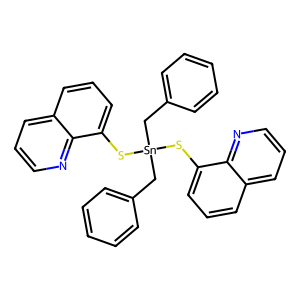
SMILES: c1ccc(C[Sn](Cc2ccccc2)(Sc2cccc3cccnc23)Sc2cccc3cccnc23)cc1
Inhibits HIV replication: No